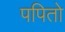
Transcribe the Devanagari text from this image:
पपितो